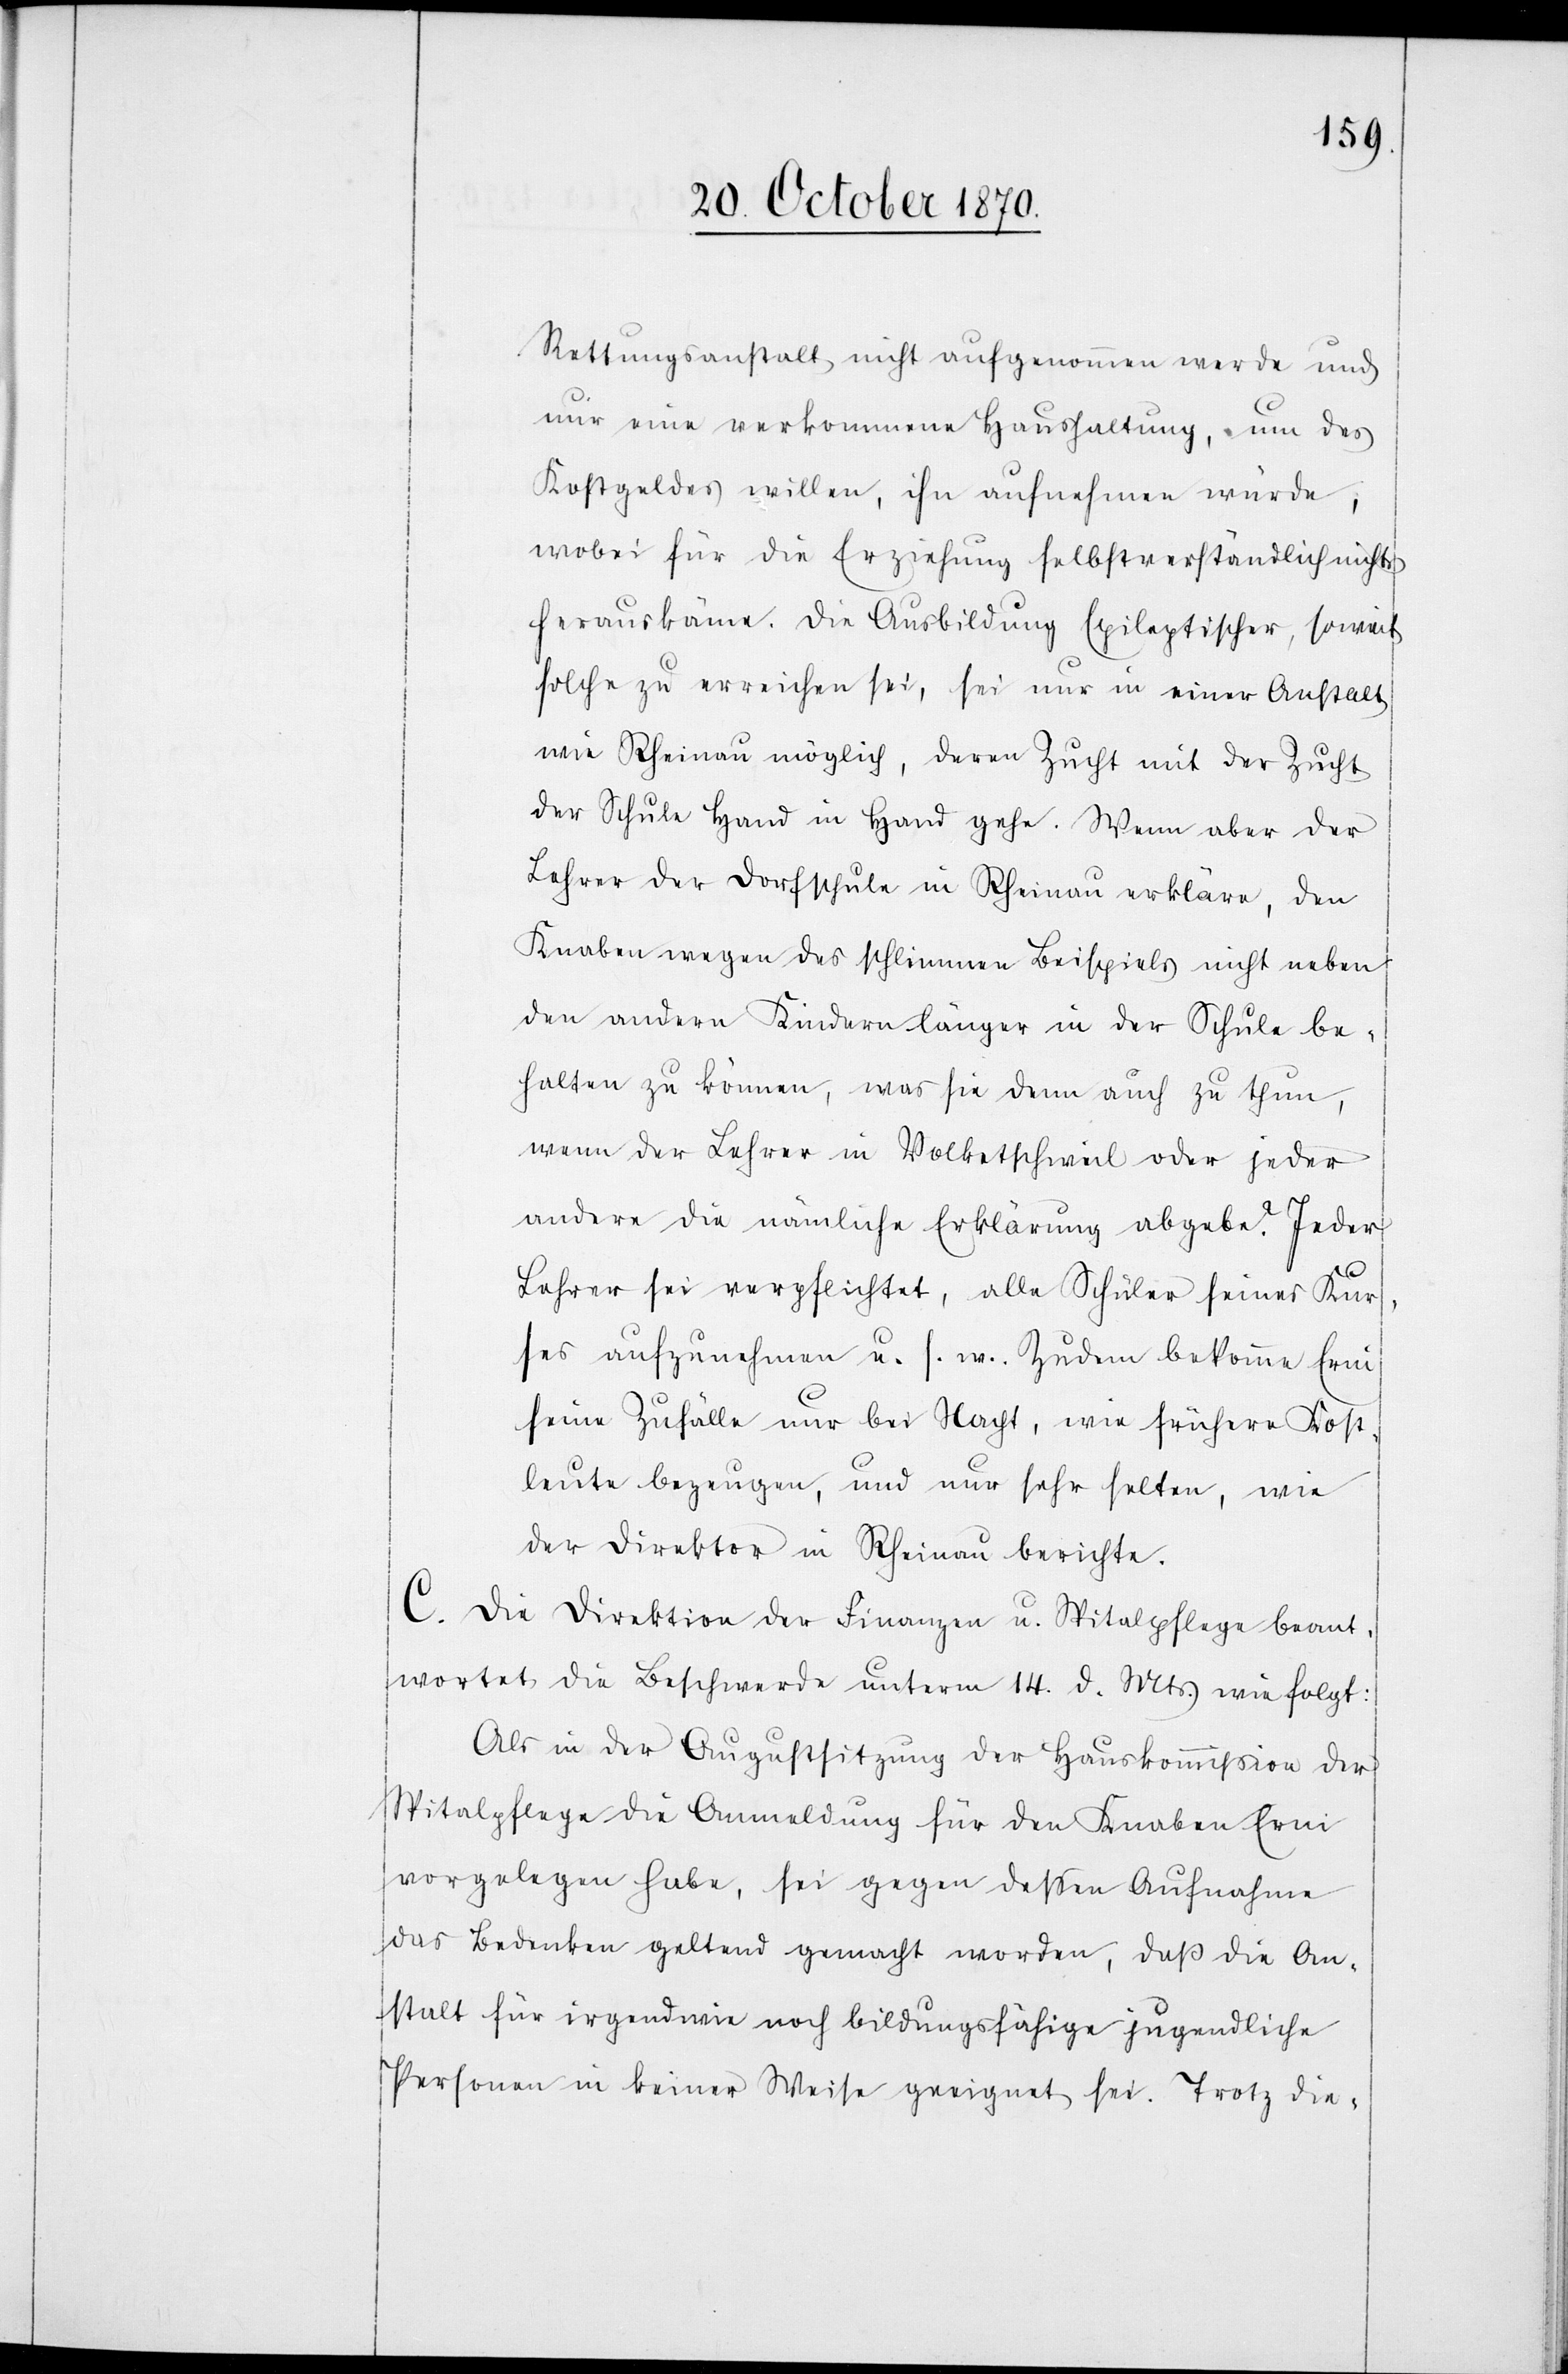
Rettungsanstalt nicht aufgenommen werde und
nur eine verkommene Haushaltung, um des
Kostgeldes willen, ihn aufnehmen würde,
wobei für die Erziehung selbstverständlich nichts
herauskäme. Die Ausbildung Epileptischer, soweit
solche zu erreichen sei, sei nur in einer Anstalt
wie Rheinau möglich, deren Zucht mit der Zucht
der Schule Hand in Hand gehe. Wenn aber der
Lehrer der Dorfschule in Rheinau erkläre, den
Knaben wegen des schlimmen Beispiels nicht neben
den andern Kinder länger in der Schule be¬
halten zu können, was sie [recte: sei] denn auch zu thun,
wenn der Lehrer in Volketschweil oder jeder
andere die nämliche Erklärung abgebe? Jeder
Lehrer sei verpflichtet, alle Schüler seines Kur¬
ses aufzunehmen u. s. w. Zudem bekomme Erni
seine Zufälle nur bei Nacht, wie frühere Kost¬
leute bezeugen, und nur sehr selten, wie
der Direktor in Rheinau berichte.
C. Die Direktion der Finanzen u. Spitalpflege beant¬
wortet die Beschwerde unterm 14. d. Mts. wie folgt:
Als in der Augustsitzung der Hauskommißion der
Spitalpflege die Anmeldung für den Knaben Erni
vorgelegen habe, sei gegen dessen Aufnahme
das Bedenken gelten gemacht worden, daß die An¬
stalt für irgendwie noch bildungsfähige jugendliche
Personen in keiner Weise geeignet sei. Trotz die-